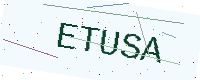
Text: ETUSA